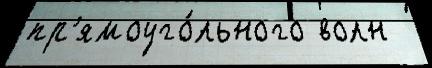
пр'ямоуго́льного волн